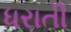
ધરાતી